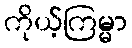
ကိုယ့်ကြမ္မာ